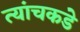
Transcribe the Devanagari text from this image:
त्यांचकडे